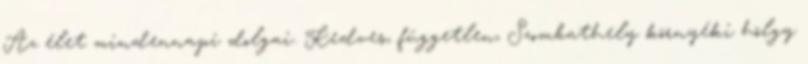
Az élet mindennapi dolgai. Kedves, független, Szombathely környéki hölgy